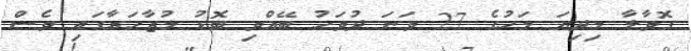
ގޮވާލާ މިދިޔަ މަހުގެ 27 ވަނަ ދުވަހު ބޭއްވި ބޮޑު މުޒާހަރާގައި ވެސް